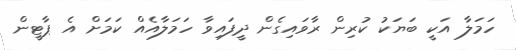
ހަމަލާ އަކީ ބަޔަކު ކުރިން ރާވައިގެން ދީފައިވާ ހަމަލާއެއް ކަމަށް އެ ޕާޓީން